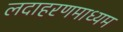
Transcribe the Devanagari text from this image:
लदाहरणमाध्यम